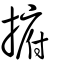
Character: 捬